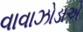
વાવાઝોડાએ